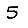
Digit: 5